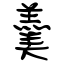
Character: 羹